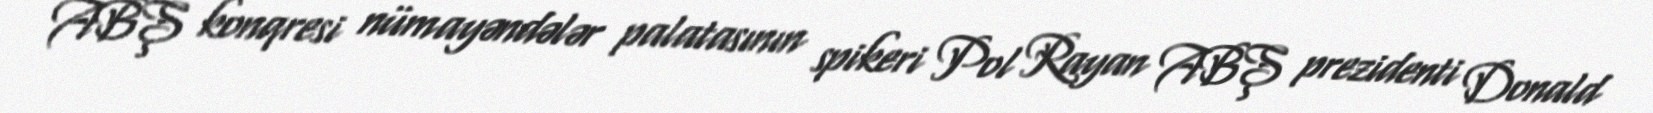
ABŞ konqresi nümayəndələr palatasının spikeri Pol Rayan ABŞ prezidenti Donald